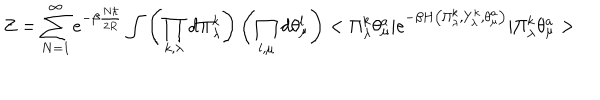
LaTeX: Z = \sum _ { N = 1 } ^ { \infty } e ^ { - \beta \frac { N \hbar } { 2 R } } \int \left( \prod _ { k , \lambda } d \Pi _ { \lambda } ^ { k } \right) \left( \prod _ { l , \mu } d \theta _ { \mu } ^ { l } \right) < \Pi _ { \lambda } ^ { k } \theta _ { \mu } ^ { a } | e ^ { - \beta H \left( \Pi _ { \lambda } ^ { k } , Y _ { \lambda } ^ { k } , \theta _ { \mu } ^ { a } \right) } | \Pi _ { \lambda } ^ { k } \theta _ { \mu } ^ { a } >